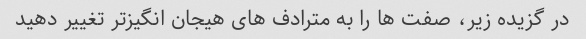
در گزیده زیر، صفت ها را به مترادف های هیجان انگیزتر تغییر دهید